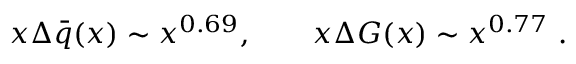
x \Delta \bar { q } ( x ) \sim x ^ { 0 . 6 9 } , ~ ~ ~ ~ ~ ~ x \Delta G ( x ) \sim x ^ { 0 . 7 7 } ~ .